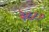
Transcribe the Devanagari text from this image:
३८८०